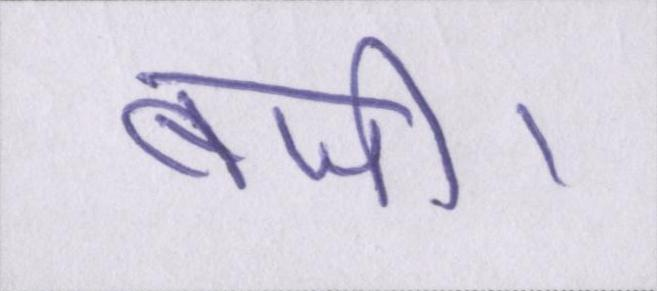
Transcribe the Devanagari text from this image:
बजी।